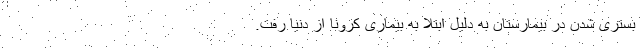
بستری شدن در بیمارستان به دلیل ابتلا به بیماری کرونا از دنیا رفت.